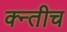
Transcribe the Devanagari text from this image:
क्न्तीच